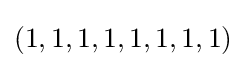
(1,1,1,1,1,1,1,1)